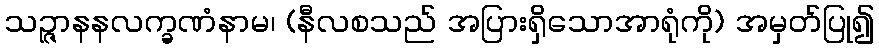
သဉ္ဇာနနလက္ခဏံနာမ၊ (နီလစသည် အပြားရှိသောအာရုံကို) အမှတ်ပြု၍